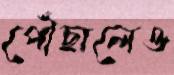
পৌঁছালেও